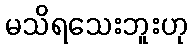
မသိရသေးဘူးဟု